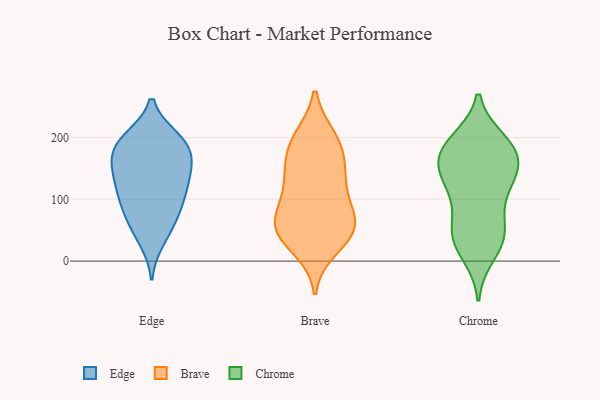
{"axis": {"x": "Bounce Rate (%)", "y": "Value"}, "legend": ["Brave", "Chrome", "Edge"], "data": [{"x": "", "y": 129, "type": "Edge"}, {"x": "", "y": 33, "type": "Edge"}, {"x": "", "y": 132, "type": "Edge"}, {"x": "", "y": 78, "type": "Edge"}, {"x": "", "y": 162, "type": "Edge"}, {"x": "", "y": 179, "type": "Edge"}, {"x": "", "y": 168, "type": "Edge"}, {"x": "", "y": 51, "type": "Edge"}, {"x": "", "y": 150, "type": "Edge"}, {"x": "", "y": 197, "type": "Edge"}, {"x": "", "y": 187, "type": "Edge"}, {"x": "", "y": 199, "type": "Edge"}, {"x": "", "y": 101, "type": "Edge"}, {"x": "", "y": 100, "type": "Edge"}, {"x": "", "y": 142, "type": "Edge"}, {"x": "", "y": 199, "type": "Edge"}, {"x": "", "y": 66, "type": "Edge"}, {"x": "", "y": 104, "type": "Edge"}, {"x": "", "y": 135, "type": "Brave"}, {"x": "", "y": 50, "type": "Brave"}, {"x": "", "y": 39, "type": "Brave"}, {"x": "", "y": 119, "type": "Brave"}, {"x": "", "y": 66, "type": "Brave"}, {"x": "", "y": 59, "type": "Brave"}, {"x": "", "y": 198, "type": "Brave"}, {"x": "", "y": 55, "type": "Brave"}, {"x": "", "y": 52, "type": "Brave"}, {"x": "", "y": 21, "type": "Brave"}, {"x": "", "y": 157, "type": "Brave"}, {"x": "", "y": 83, "type": "Brave"}, {"x": "", "y": 200, "type": "Brave"}, {"x": "", "y": 114, "type": "Brave"}, {"x": "", "y": 162, "type": "Brave"}, {"x": "", "y": 190, "type": "Brave"}, {"x": "", "y": 44, "type": "Chrome"}, {"x": "", "y": 128, "type": "Chrome"}, {"x": "", "y": 111, "type": "Chrome"}, {"x": "", "y": 45, "type": "Chrome"}, {"x": "", "y": 193, "type": "Chrome"}, {"x": "", "y": 154, "type": "Chrome"}, {"x": "", "y": 150, "type": "Chrome"}, {"x": "", "y": 26, "type": "Chrome"}, {"x": "", "y": 179, "type": "Chrome"}, {"x": "", "y": 59, "type": "Chrome"}, {"x": "", "y": 163, "type": "Chrome"}, {"x": "", "y": 133, "type": "Chrome"}, {"x": "", "y": 182, "type": "Chrome"}, {"x": "", "y": 11, "type": "Chrome"}, {"x": "", "y": 195, "type": "Chrome"}, {"x": "", "y": 178, "type": "Chrome"}, {"x": "", "y": 111, "type": "Chrome"}, {"x": "", "y": 47, "type": "Chrome"}]}